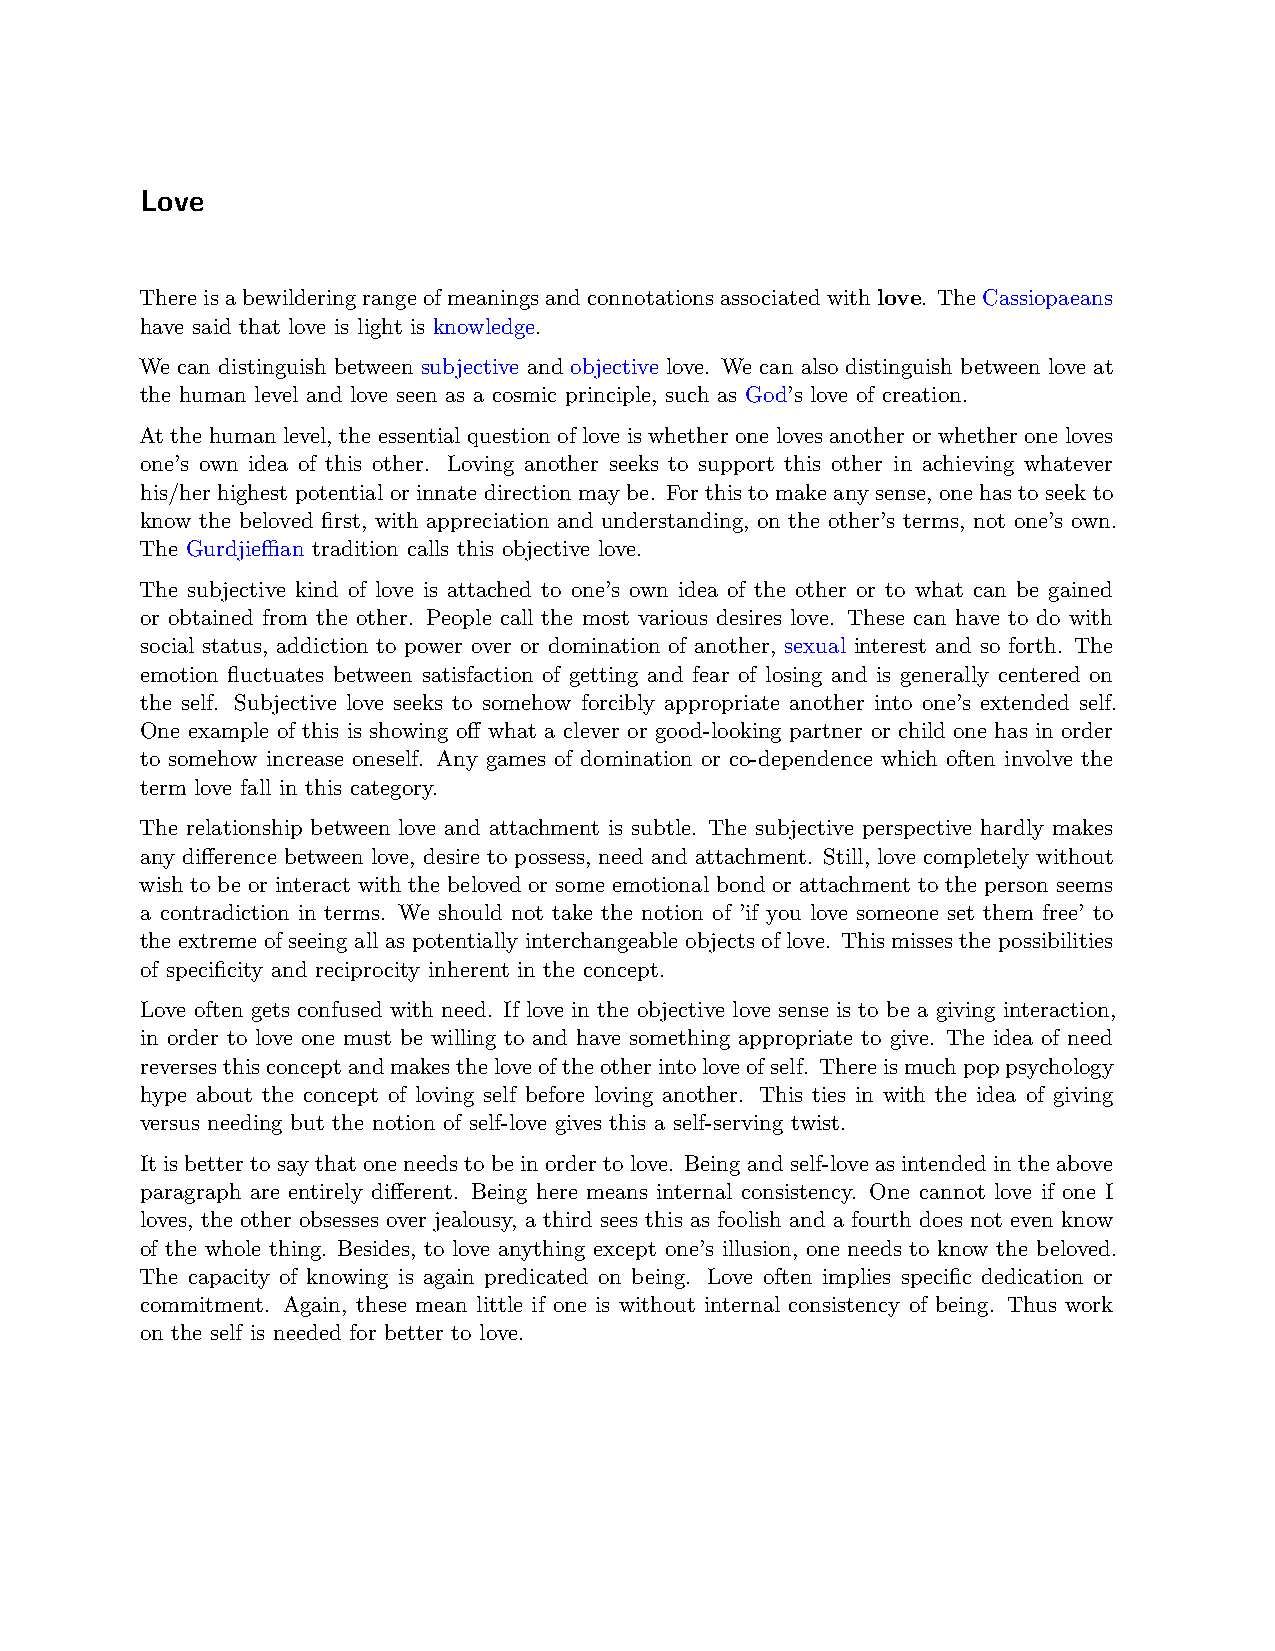
Love
 Thereisabewilderingrangeofmeaningsandconnotationsassociatedwithlove. TheCassiopaeans
 have said that love is light is knowledge.
 We can distinguish between subjective and objective love. We can also distinguish between love at
 the human level and love seen as a cosmic principle, such as God’s love of creation.
 At the human level, the essential question of love is whether one loves another or whether one loves
 one’s own idea of this other. Loving another seeks to support this other in achieving whatever
 his/her highest potential or innate direction may be. For this to make any sense, one has to seek to
 know the beloved first, with appreciation and understanding, on the other’s terms, not one’s own.
 The Gurdjieﬀian tradition calls this objective love.
 The subjective kind of love is attached to one’s own idea of the other or to what can be gained
 or obtained from the other. People call the most various desires love. These can have to do with
 social status, addiction to power over or domination of another, sexual interest and so forth. The
 emotion fluctuates between satisfaction of getting and fear of losing and is generally centered on
 the self. Subjective love seeks to somehow forcibly appropriate another into one’s extended self.
 One example of this is showing off what a clever or good-looking partner or child one has in order
 to somehow increase oneself. Any games of domination or co-dependence which often involve the
 term love fall in this category.
 The relationship between love and attachment is subtle. The subjective perspective hardly makes
 any difference between love, desire to possess, need and attachment. Still, love completely without
 wish to be or interact with the beloved or some emotional bond or attachment to the person seems
 a contradiction in terms. We should not take the notion of ’if you love someone set them free’ to
 the extreme of seeing all as potentially interchangeable objects of love. This misses the possibilities
 of specificity and reciprocity inherent in the concept.
 Love often gets confused with need. If love in the objective love sense is to be a giving interaction,
 in order to love one must be willing to and have something appropriate to give. The idea of need
 reversesthisconceptandmakestheloveoftheotherintoloveofself. Thereismuchpoppsychology
 hype about the concept of loving self before loving another. This ties in with the idea of giving
 versus needing but the notion of self-love gives this a self-serving twist.
 Itis betterto saythat oneneeds tobe inorder to love. Being andself-loveasintendedinthe above
 paragraph are entirely different. Being here means internal consistency. One cannot love if one I
 loves, the other obsesses over jealousy, a third sees this as foolish and a fourth does not even know
 of the whole thing. Besides, to love anything except one’s illusion, one needs to know the beloved.
 The capacity of knowing is again predicated on being. Love often implies specific dedication or
 commitment. Again, these mean little if one is without internal consistency of being. Thus work
 on the self is needed for better to love.